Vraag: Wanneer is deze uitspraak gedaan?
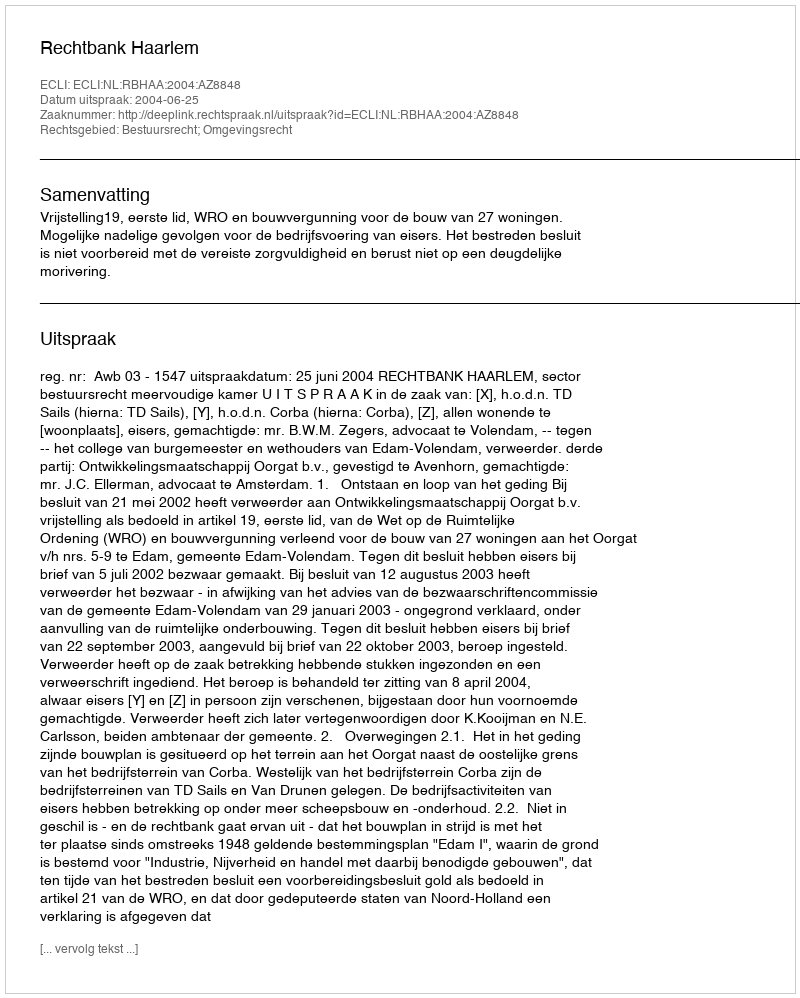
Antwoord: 2004-06-25